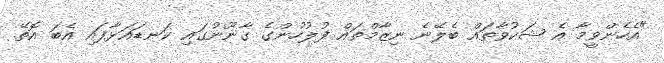
"އެހެންވީމާ އެ ޝަކުވާތައް ބެލޭނެ ނިޒާމްތައް ފުލުހުންގެ ގާނޫނުގައި ކަނޑައަޅާފައި އެބަ އޮތޭ.